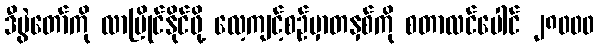
ဒီပွဲတော်ကို လာပြိုင်နိုင်ဖို့ လေ့ကျင့်စဉ်မှာတနှစ်ကို စတာလင်ပေါင် ၂၈၀၀၀